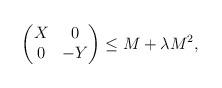
LaTeX: \begin{align*} \begin{pmatrix} X & 0 \\ 0 & -Y \end{pmatrix} \leq M+\lambda M^2, \end{align*}